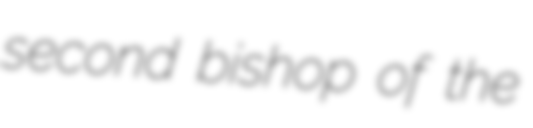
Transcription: second bishop of the